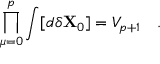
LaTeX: \prod _ { \mu = 0 } ^ { p } \int [ d \delta { \bf X } _ { 0 } ] = V _ { p + 1 } \quad .